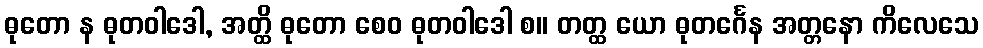
ဓုတော န ဓုတဝါဒေါ, အတ္ထိ ဓုတော စေဝ ဓုတဝါဒေါ စ။ တတ္ထ ယော ဓုတင်္ဂေန အတ္တနော ကိလေသေ